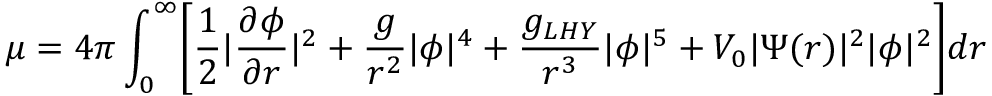
\mu = 4 \pi \int _ { 0 } ^ { \infty } \biggl [ \frac { 1 } { 2 } | \frac { \partial \phi } { \partial r } | ^ { 2 } + \frac { g } { r ^ { 2 } } | \phi | ^ { 4 } + \frac { g _ { L H Y } } { r ^ { 3 } } | \phi | ^ { 5 } + V _ { 0 } | \Psi ( r ) | ^ { 2 } | \phi | ^ { 2 } \biggl ] d r